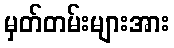
မှတ်တမ်းများအား